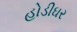
હોડીઘર